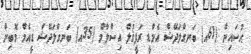
ޙުސައިން (61އ) ބަނގްލަދޭޝް އެމްޑީ ރަފީޤުލް އިސްލާމް (35އ) ބަނގްލަދޭޝް ޑީއެމް މޮބިން